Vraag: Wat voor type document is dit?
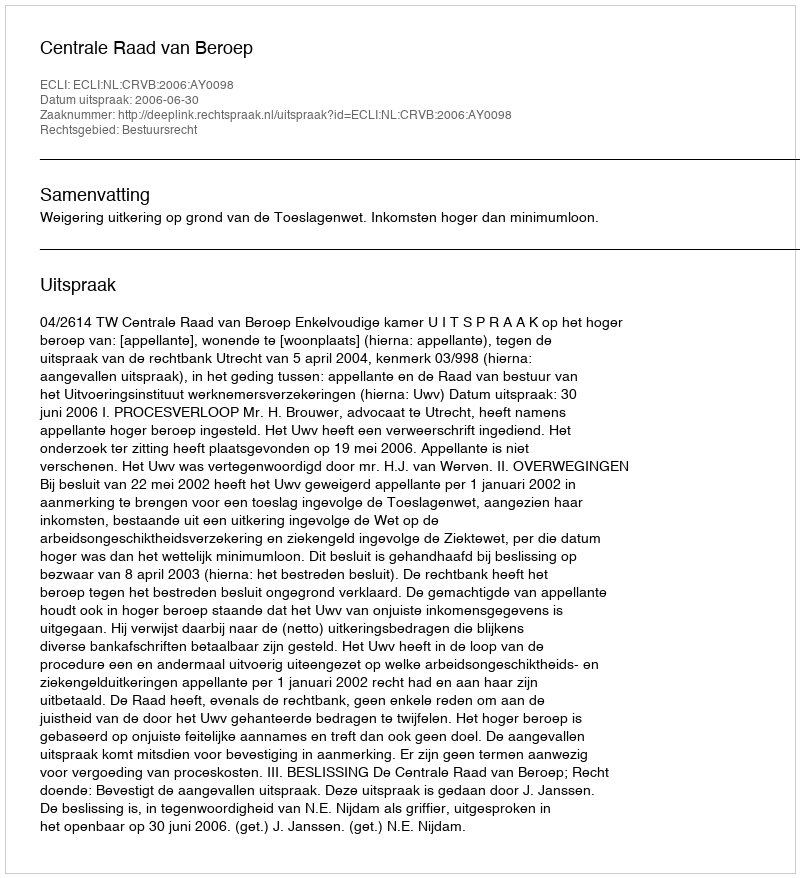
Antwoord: Uitspraak